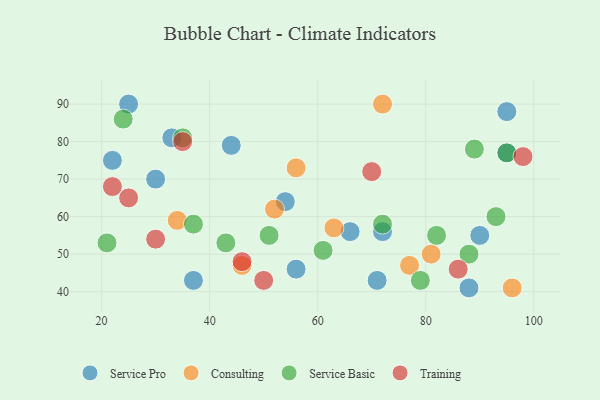
{"axis": {"x": "GDP", "y": "Life Expectancy"}, "legend": ["Consulting", "Service Basic", "Service Pro", "Training"], "data": [{"x": "22", "y": 75, "type": "Service Pro"}, {"x": "95", "y": 88, "type": "Service Pro"}, {"x": "54", "y": 64, "type": "Service Pro"}, {"x": "71", "y": 43, "type": "Service Pro"}, {"x": "90", "y": 55, "type": "Service Pro"}, {"x": "95", "y": 77, "type": "Service Pro"}, {"x": "25", "y": 90, "type": "Service Pro"}, {"x": "44", "y": 79, "type": "Service Pro"}, {"x": "56", "y": 46, "type": "Service Pro"}, {"x": "30", "y": 70, "type": "Service Pro"}, {"x": "72", "y": 56, "type": "Service Pro"}, {"x": "66", "y": 56, "type": "Service Pro"}, {"x": "33", "y": 81, "type": "Service Pro"}, {"x": "88", "y": 41, "type": "Service Pro"}, {"x": "37", "y": 43, "type": "Service Pro"}, {"x": "72", "y": 90, "type": "Consulting"}, {"x": "77", "y": 47, "type": "Consulting"}, {"x": "52", "y": 62, "type": "Consulting"}, {"x": "46", "y": 47, "type": "Consulting"}, {"x": "81", "y": 50, "type": "Consulting"}, {"x": "96", "y": 41, "type": "Consulting"}, {"x": "63", "y": 57, "type": "Consulting"}, {"x": "34", "y": 59, "type": "Consulting"}, {"x": "56", "y": 73, "type": "Consulting"}, {"x": "21", "y": 53, "type": "Service Basic"}, {"x": "51", "y": 55, "type": "Service Basic"}, {"x": "88", "y": 50, "type": "Service Basic"}, {"x": "61", "y": 51, "type": "Service Basic"}, {"x": "79", "y": 43, "type": "Service Basic"}, {"x": "72", "y": 58, "type": "Service Basic"}, {"x": "37", "y": 58, "type": "Service Basic"}, {"x": "24", "y": 86, "type": "Service Basic"}, {"x": "95", "y": 77, "type": "Service Basic"}, {"x": "82", "y": 55, "type": "Service Basic"}, {"x": "89", "y": 78, "type": "Service Basic"}, {"x": "93", "y": 60, "type": "Service Basic"}, {"x": "35", "y": 81, "type": "Service Basic"}, {"x": "43", "y": 53, "type": "Service Basic"}, {"x": "22", "y": 68, "type": "Training"}, {"x": "86", "y": 46, "type": "Training"}, {"x": "70", "y": 72, "type": "Training"}, {"x": "30", "y": 54, "type": "Training"}, {"x": "50", "y": 43, "type": "Training"}, {"x": "46", "y": 48, "type": "Training"}, {"x": "98", "y": 76, "type": "Training"}, {"x": "25", "y": 65, "type": "Training"}, {"x": "35", "y": 80, "type": "Training"}]}